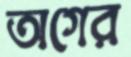
অগের